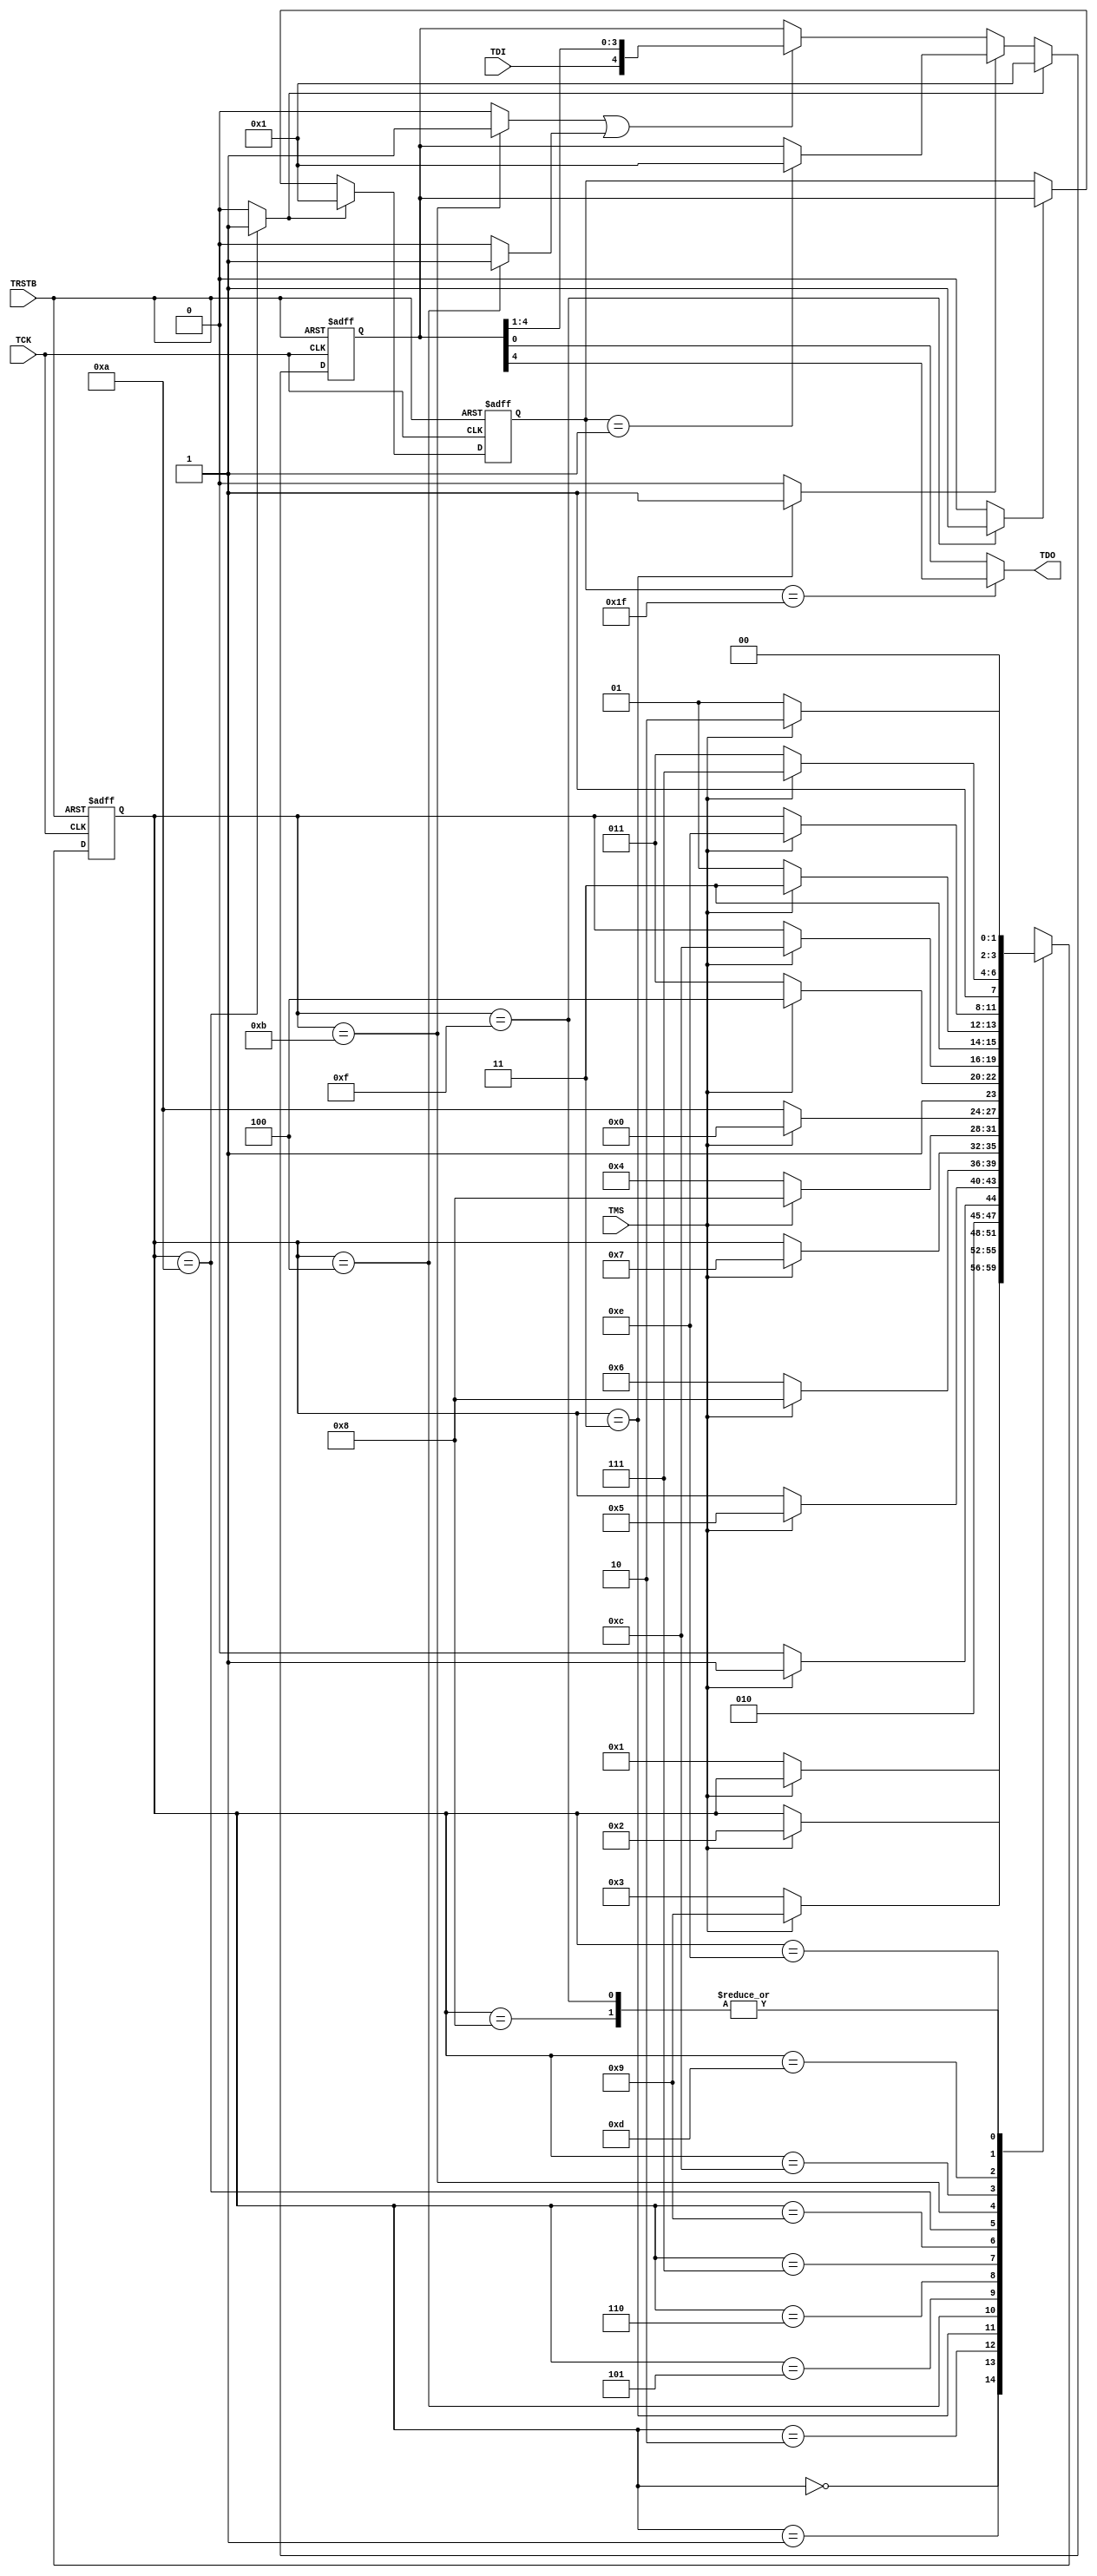
// ****************************************************************************/
// Microsemi Corporation Proprietary and Confidential
// Copyright 2017 Microsemi Corporation.  All rights reserved.
//
// ANY USE OR REDISTRIBUTION IN PART OR IN WHOLE MUST BE HANDLED IN
// ACCORDANCE WITH THE MICROSEMI LICENSE AGREEMENT AND MUST BE APPROVED
// IN ADVANCE IN WRITING.
//
// Description: 
//
// SVN Revision Information:
// SVN $Revision: 29839 $
// SVN $Date: 2017-05-16 16:23:16 +0100 (Tue, 16 May 2017) $
//
// Resolved SARs
// SAR      Date     Who   Description
//
// Notes:
//
// ****************************************************************************/
module COREJTAGDEBUG_JTAG_TAP (
    // Inputs
    TCK,
    TRSTB,
    TMS,
    TDI,
    
    // Outputs
    TDO
);

////////////////////////////////////////////////////////////////////////////////
// Parameters
////////////////////////////////////////////////////////////////////////////////
parameter DR_REG_WIDTH      = 5;
parameter IR_REG_WIDTH      = 5;
parameter ACTIVE_HIGH_RESET = 0;

////////////////////////////////////////////////////////////////////////////////
// Port directions
////////////////////////////////////////////////////////////////////////////////
input   TCK;
input   TRSTB;
input   TMS;
input   TDI;

output  TDO;

////////////////////////////////////////////////////////////////////////////////
// Constants
////////////////////////////////////////////////////////////////////////////////
// State Machine encoding
localparam TEST_LOGIC_RESET  = 4'h0;
localparam RUN_TEST_IDLE     = 4'h1;
localparam SELECT_DR         = 4'h2;
localparam CAPTURE_DR        = 4'h3;
localparam SHIFT_DR          = 4'h4;
localparam EXIT1_DR          = 4'h5;
localparam PAUSE_DR          = 4'h6;
localparam EXIT2_DR          = 4'h7;
localparam UPDATE_DR         = 4'h8;
localparam SELECT_IR         = 4'h9;
localparam CAPTURE_IR        = 4'hA;
localparam SHIFT_IR          = 4'hB;
localparam EXIT1_IR          = 4'hC;
localparam PAUSE_IR          = 4'hD;
localparam EXIT2_IR          = 4'hE;
localparam UPDATE_IR         = 4'hF;

// Supported instructions
localparam [IR_REG_WIDTH-1:0] BYPASS_INSTR  = {(IR_REG_WIDTH){1'b1}};
localparam [IR_REG_WIDTH-1:0] ID_CODE_INSTR = {{(IR_REG_WIDTH-1){1'b0}}, 1'b1};

// TAP ID code
localparam [DR_REG_WIDTH-1:0] ID_CODE = 'hDEADC001;

////////////////////////////////////////////////////////////////////////////////
// Internal signal declarations
////////////////////////////////////////////////////////////////////////////////
reg     [3:0]              currTapState;
reg     [3:0]              nextTapState;
wire                       irShift;
wire                       drShift;
wire                       irCapture;
wire                       drCapture;
wire                       irUpdate;
wire                       drUpdate;
reg     [DR_REG_WIDTH-1:0] shiftReg;
reg     [IR_REG_WIDTH-1:0] irReg;

////////////////////////////////////////////////////////////////////////////////
// TAP Control FSM
////////////////////////////////////////////////////////////////////////////////
// Current state register
generate
    if (ACTIVE_HIGH_RESET == 1)
        begin
            always @ (posedge TCK or posedge TRSTB)
                begin
                    if (TRSTB)
                        begin
                            currTapState <= TEST_LOGIC_RESET;
                        end
                    else
                        begin
                            currTapState <= nextTapState;
                        end
                end
        end
    else
        begin
            always @ (posedge TCK or negedge TRSTB)
                begin
                    if (!TRSTB)
                        begin
                            currTapState <= TEST_LOGIC_RESET;
                        end
                    else
                        begin
                            currTapState <= nextTapState;
                        end
                end
        end
endgenerate

// Combinatorial outputs
assign drCapture = (currTapState == CAPTURE_DR) ? 1'b1 : 1'b0;
assign drShift   = (currTapState == SHIFT_DR)   ? 1'b1 : 1'b0;
assign drUpdate  = (currTapState == UPDATE_DR)  ? 1'b1 : 1'b0;
assign irCapture = (currTapState == CAPTURE_IR) ? 1'b1 : 1'b0;
assign irShift   = (currTapState == SHIFT_IR)   ? 1'b1 : 1'b0;
assign irUpdate  = (currTapState == UPDATE_IR)  ? 1'b1 : 1'b0;

// Next state combinatorial logic
always @ (*)
    begin
        case (currTapState)
            TEST_LOGIC_RESET: nextTapState = (!TMS) ? RUN_TEST_IDLE    : currTapState;
            RUN_TEST_IDLE:    nextTapState = (TMS)  ? SELECT_DR        : currTapState;
            SELECT_DR:        nextTapState = (!TMS) ? CAPTURE_DR       : SELECT_IR;
            CAPTURE_DR:       nextTapState = (TMS)  ? EXIT1_DR         : SHIFT_DR;
            SHIFT_DR:         nextTapState = (TMS)  ? EXIT1_DR         : currTapState;
            EXIT1_DR:         nextTapState = (TMS)  ? UPDATE_DR        : PAUSE_DR;
            PAUSE_DR:         nextTapState = (TMS)  ? EXIT2_DR         : currTapState;
            EXIT2_DR:         nextTapState = (TMS)  ? UPDATE_DR        : SHIFT_DR;
            UPDATE_DR:        nextTapState = (TMS)  ? SELECT_DR        : RUN_TEST_IDLE;
            SELECT_IR:        nextTapState = (TMS)  ? TEST_LOGIC_RESET : CAPTURE_IR;
            CAPTURE_IR:       nextTapState = (TMS)  ? EXIT1_IR         : SHIFT_IR;
            SHIFT_IR:         nextTapState = (TMS)  ? EXIT1_IR         : currTapState;
            EXIT1_IR:         nextTapState = (!TMS) ? PAUSE_IR         : UPDATE_IR;
            PAUSE_IR:         nextTapState = (TMS)  ? EXIT2_IR         : currTapState;
            EXIT2_IR:         nextTapState = (TMS)  ? UPDATE_IR        : SHIFT_IR;
            UPDATE_IR:        nextTapState = (TMS)  ? SELECT_DR        : RUN_TEST_IDLE;
        endcase
    end

////////////////////////////////////////////////////////////////////////////////
// Shift register
////////////////////////////////////////////////////////////////////////////////
generate
    if (ACTIVE_HIGH_RESET == 1)
        begin
            always @ (posedge TCK or posedge TRSTB)
                begin
                    if (TRSTB)
                        begin
                            shiftReg <= {DR_REG_WIDTH{1'b0}};
                        end
                    else
                        begin
                            if (irCapture)
                                begin
                                    shiftReg <= {{(DR_REG_WIDTH-1){1'b0}}, 1'b1};
                                end
                            else if (drCapture)
                                begin
                                    if (irReg == ID_CODE_INSTR)
                                        begin
                                            shiftReg <= ID_CODE;
                                        end
                                end
                            else if (irShift | drShift)
                                begin
                                    shiftReg <= {TDI, shiftReg[(DR_REG_WIDTH-1):1]};
                                end
                            else
                                begin
                                    shiftReg <= shiftReg;
                                end
                        end
                end
        end
    else
        begin
            always @ (posedge TCK or negedge TRSTB)
                begin
                    if (!TRSTB)
                        begin
                            shiftReg <= {DR_REG_WIDTH{1'b0}};
                        end
                    else
                        begin
                            if (irCapture)
                                begin
                                    shiftReg <= {{(DR_REG_WIDTH-1){1'b0}}, 1'b1};
                                end
                            else if (drCapture)
                                begin
                                    if (irReg == ID_CODE_INSTR)
                                        begin
                                            shiftReg <= ID_CODE;
                                        end
                                end
                            else if (irShift | drShift)
                                begin
                                    shiftReg <= {TDI, shiftReg[(DR_REG_WIDTH-1):1]};
                                end
                            else
                                begin
                                    shiftReg <= shiftReg;
                                end
                        end
                end
        end
endgenerate

assign TDO = (irReg == BYPASS_INSTR) ? shiftReg[(DR_REG_WIDTH-1)] : shiftReg[0];

////////////////////////////////////////////////////////////////////////////////
// IR register
////////////////////////////////////////////////////////////////////////////////
generate
    if (ACTIVE_HIGH_RESET == 1)
        begin
            always @ (posedge TCK or posedge TRSTB)
                begin
                    if (TRSTB)
                        begin
                            irReg <= {IR_REG_WIDTH{1'b0}};
                        end
                    else
                        begin
                            if (irCapture)
                                begin
                                    irReg <= {{(IR_REG_WIDTH-1){1'b0}}, 1'b1};
                                end
                            else if (irUpdate)
                                begin
                                    irReg <= shiftReg[DR_REG_WIDTH-1:DR_REG_WIDTH-IR_REG_WIDTH];
                                end
                            else
                                begin
                                    irReg <= irReg;
                                end
                        end
                end
        end
    else
        begin
            always @ (posedge TCK or negedge TRSTB)
                begin
                    if (!TRSTB)
                        begin
                            irReg <= {IR_REG_WIDTH{1'b0}};
                        end
                    else
                        begin
                            if (irCapture)
                                begin
                                    irReg <= {{(IR_REG_WIDTH-1){1'b0}}, 1'b1};
                                end
                            else if (irUpdate)
                                begin
                                    irReg <= shiftReg[DR_REG_WIDTH-1:DR_REG_WIDTH-IR_REG_WIDTH];
                                end
                            else
                                begin
                                    irReg <= irReg;
                                end
                        end
                end
        end
endgenerate

endmodule // COREJTAGDEBUG_JTAG_TAP